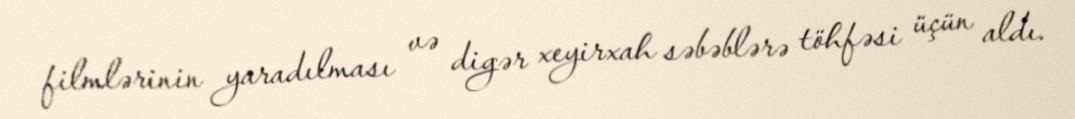
filmlərinin yaradılması və digər xeyirxah səbəblərə töhfəsi üçün aldı.